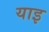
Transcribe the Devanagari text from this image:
याइ